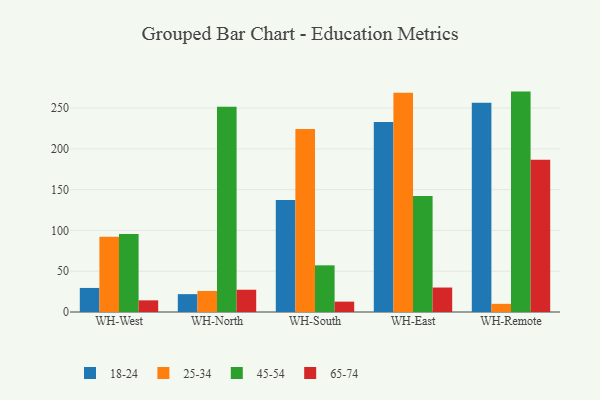
{"axis": {"x": "Warehouse", "y": "Page Views"}, "legend": ["18-24", "25-34", "45-54", "65-74"], "data": [{"x": "WH-West", "y": 29.5, "type": "18-24"}, {"x": "WH-West", "y": 92.2, "type": "25-34"}, {"x": "WH-West", "y": 95.6, "type": "45-54"}, {"x": "WH-West", "y": 14.3, "type": "65-74"}, {"x": "WH-North", "y": 21.9, "type": "18-24"}, {"x": "WH-North", "y": 25.8, "type": "25-34"}, {"x": "WH-North", "y": 251.6, "type": "45-54"}, {"x": "WH-North", "y": 27.3, "type": "65-74"}, {"x": "WH-South", "y": 137.3, "type": "18-24"}, {"x": "WH-South", "y": 224.4, "type": "25-34"}, {"x": "WH-South", "y": 57.2, "type": "45-54"}, {"x": "WH-South", "y": 12.7, "type": "65-74"}, {"x": "WH-East", "y": 233.0, "type": "18-24"}, {"x": "WH-East", "y": 268.9, "type": "25-34"}, {"x": "WH-East", "y": 142.3, "type": "45-54"}, {"x": "WH-East", "y": 30.0, "type": "65-74"}, {"x": "WH-Remote", "y": 256.4, "type": "18-24"}, {"x": "WH-Remote", "y": 10.0, "type": "25-34"}, {"x": "WH-Remote", "y": 270.2, "type": "45-54"}, {"x": "WH-Remote", "y": 186.5, "type": "65-74"}]}